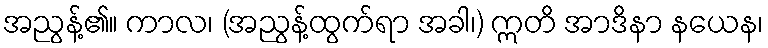
အညွန့်၏။ ကာလ၊ (အညွန့်ထွက်ရာ အခါ၊) ဣတိ အာဒိနာ နယေန၊